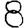
Digit: 8